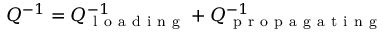
Q ^ { - 1 } = Q _ { \mathrm { ~ l ~ o ~ a ~ d ~ i ~ n ~ g ~ } } ^ { - 1 } + Q _ { \mathrm { ~ p ~ r ~ o ~ p ~ a ~ g ~ a ~ t ~ i ~ n ~ g ~ } } ^ { - 1 }